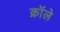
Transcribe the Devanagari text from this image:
क्रॉले